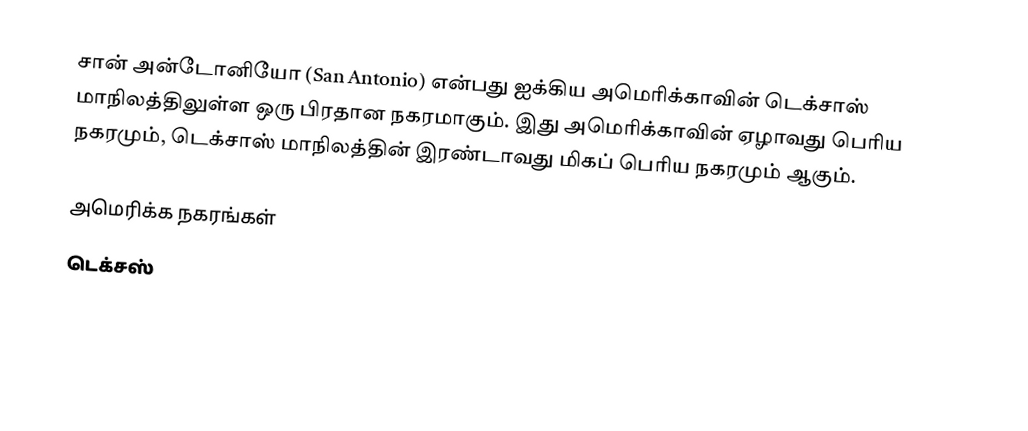
சான் அன்டோனியோ (San Antonio) என்பது ஐக்கிய அமெரிக்காவின் டெக்சாஸ் மாநிலத்திலுள்ள ஒரு பிரதான நகரமாகும். இது அமெரிக்காவின் ஏழாவது பெரிய நகரமும், டெக்சாஸ் மாநிலத்தின் இரண்டாவது மிகப் பெரிய நகரமும் ஆகும்.

அமெரிக்க நகரங்கள்
டெக்சஸ்